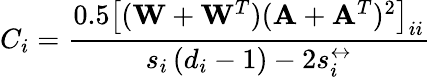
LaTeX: C_{i}=\frac{0.5\left[(\mathbf{W}+\mathbf{W}^{T})(\mathbf{A}+\mathbf{A}^{T})^{2}\right]_{ii}}{s_{i}\left(d_{i}-1\right)-2s_{i}^{\leftrightarrow}}